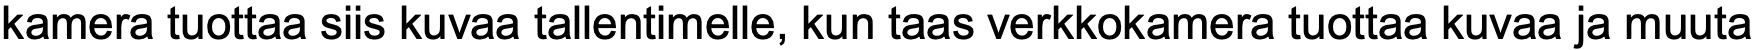
kamera tuottaa siis kuvaa tallentimelle, kun taas verkkokamera tuottaa kuvaa ja muuta